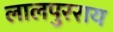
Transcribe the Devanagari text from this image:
लालपुरराय